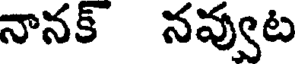
నానక్ నవ్వుట